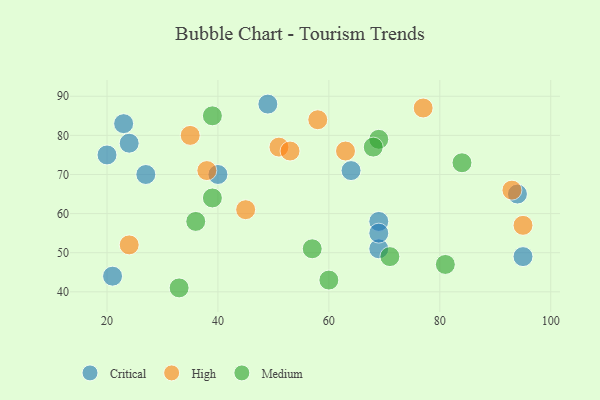
{"axis": {"x": "GDP", "y": "Life Expectancy"}, "legend": ["Critical", "High", "Medium"], "data": [{"x": "20", "y": 75, "type": "Critical"}, {"x": "69", "y": 51, "type": "Critical"}, {"x": "23", "y": 83, "type": "Critical"}, {"x": "21", "y": 44, "type": "Critical"}, {"x": "64", "y": 71, "type": "Critical"}, {"x": "94", "y": 65, "type": "Critical"}, {"x": "95", "y": 49, "type": "Critical"}, {"x": "49", "y": 88, "type": "Critical"}, {"x": "69", "y": 58, "type": "Critical"}, {"x": "69", "y": 55, "type": "Critical"}, {"x": "24", "y": 78, "type": "Critical"}, {"x": "27", "y": 70, "type": "Critical"}, {"x": "40", "y": 70, "type": "Critical"}, {"x": "51", "y": 77, "type": "High"}, {"x": "35", "y": 80, "type": "High"}, {"x": "45", "y": 61, "type": "High"}, {"x": "24", "y": 52, "type": "High"}, {"x": "58", "y": 84, "type": "High"}, {"x": "38", "y": 71, "type": "High"}, {"x": "93", "y": 66, "type": "High"}, {"x": "95", "y": 57, "type": "High"}, {"x": "77", "y": 87, "type": "High"}, {"x": "63", "y": 76, "type": "High"}, {"x": "53", "y": 76, "type": "High"}, {"x": "39", "y": 85, "type": "Medium"}, {"x": "69", "y": 79, "type": "Medium"}, {"x": "39", "y": 64, "type": "Medium"}, {"x": "81", "y": 47, "type": "Medium"}, {"x": "84", "y": 73, "type": "Medium"}, {"x": "60", "y": 43, "type": "Medium"}, {"x": "33", "y": 41, "type": "Medium"}, {"x": "57", "y": 51, "type": "Medium"}, {"x": "36", "y": 58, "type": "Medium"}, {"x": "71", "y": 49, "type": "Medium"}, {"x": "68", "y": 77, "type": "Medium"}]}